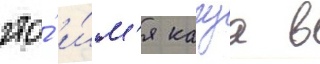
что́ и́м'я кагуа в